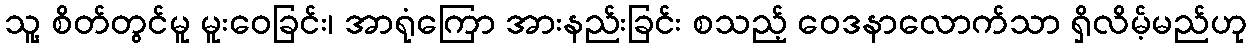
သူ့ စိတ်တွင်မူ မူးဝေခြင်း၊ အာရုံကြော အားနည်းခြင်း စသည့် ဝေဒနာလောက်သာ ရှိလိမ့်မည်ဟု